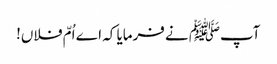
آپﷺ نے فرمایا کہ اے اُمّ فلاں!